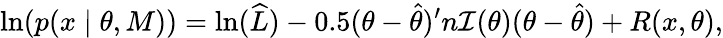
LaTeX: \ln(p(x\mid\theta,M))=\ln({\widehat{L}})-0.5(\theta-{\widehat{\theta}})^{\prime}n{\mathcal{I}}(\theta)(\theta-{\widehat{\theta}})+R(x,\theta),